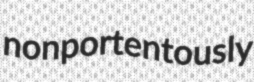
nonportentously